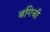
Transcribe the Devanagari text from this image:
बगिची